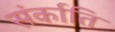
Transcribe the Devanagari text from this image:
संर्काति